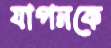
যাপনকে